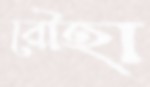
রৌহা